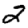
Digit: 2